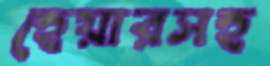
হেয়ারসহ